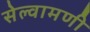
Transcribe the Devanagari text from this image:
सेल्वामणी